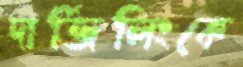
দার্জিলিংকে